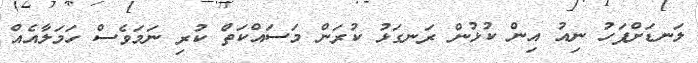
ލަނޑަށްފަހު ނިއު އިން ކުޅުން ރަނގަޅު ކުރަން މަސައްކަތް ކުރި ނަމަވެސް ހަމަލާއެއް